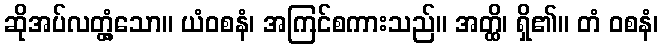
ဆိုအပ်လတ္တံ့သော။ ယံဝစနံ၊ အကြင်စကားသည်။ အတ္ထိ၊ ရှိ၏။ တံ ဝစနံ၊